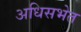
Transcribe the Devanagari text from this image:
अधिसभेत